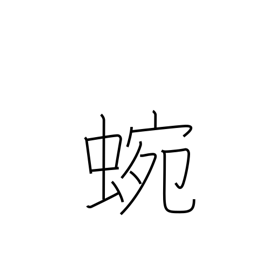
Meaning: meandering